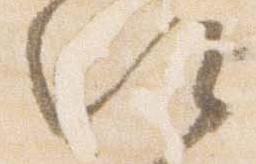
以